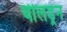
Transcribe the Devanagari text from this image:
चीलड्रन